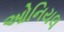
ઓનિયલ